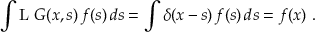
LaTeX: \int \operatorname { L } \, G ( x , s ) \, f ( s ) \, d s = \int \delta ( x - s ) \, f ( s ) \, d s = f ( x ) ~ .